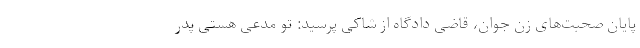
پایان صحبت‌های زن جوان، قاضی دادگاه از شاکی پرسید: تو مدعی هستی پدر